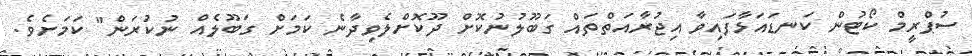
ސުޕްރީމް ކޯޓުން ކަނޑައަޅާފައިވާ އިޖުރާއަތްތައް ގަބޫލުނުކޮށް ދޫކޮށްލެވިދާނެ ކަމަށް ގަބޫލެއް ނުކުރަން" ކަމަށެވެ.